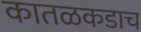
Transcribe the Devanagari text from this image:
कातळकडाच